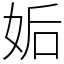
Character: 姤